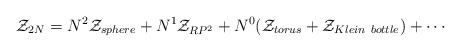
\begin{align*}{\cal Z}_{2N} = N^2 {\cal Z}_{sphere} + N^1 {\cal Z}_{RP^2} +N^0 ({\cal Z}_{torus} + {\cal Z}_{Klein\ bottle}) + \cdots \end{align*}